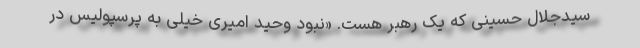
سیدجلال حسینی که یک رهبر هست. «نبود وحید امیری خیلی به پرسپولیس در